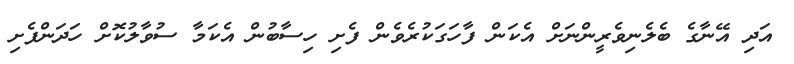
އަދި އޭނާގެ ބެލެނިވެރީންނަށް އެކަން ފާހަގަކުރެވެން ފެށި ހިސާބުން އެކަމާ ސުވާލުކޮށް ހަދަންފެށި